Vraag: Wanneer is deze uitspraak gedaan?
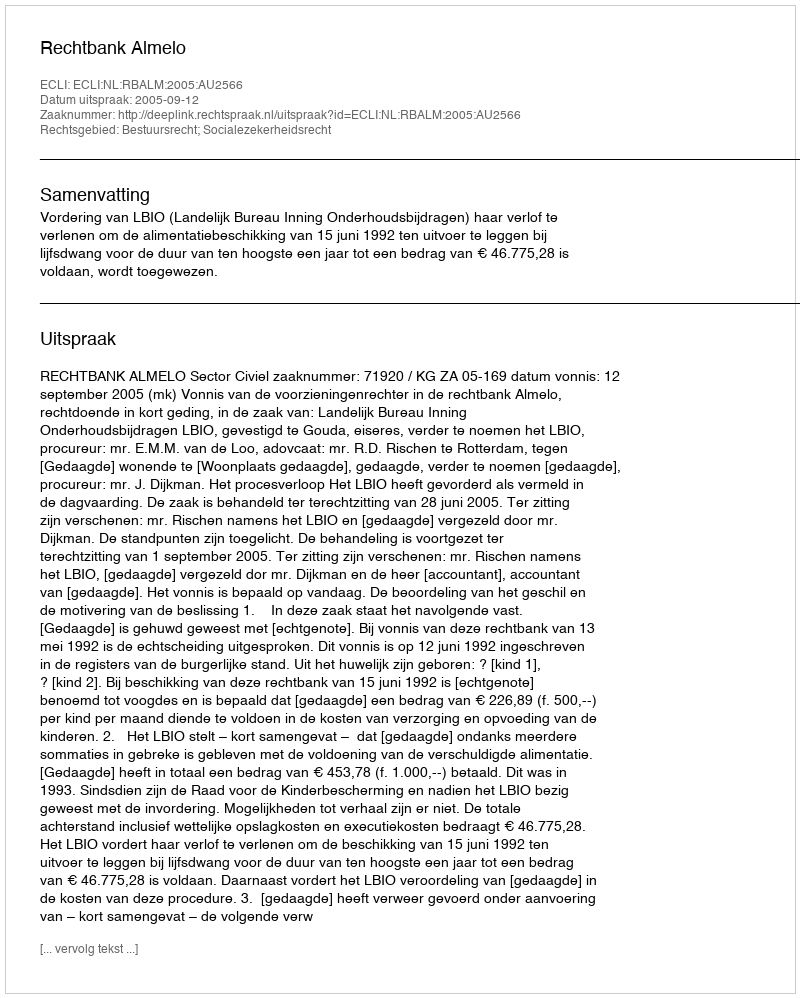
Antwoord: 2005-09-12